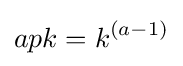
apk=k^{(a-1)}